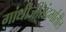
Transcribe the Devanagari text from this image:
गांधीजींसंदर्भांतील